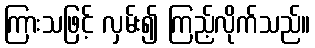
ကြားသဖြင့် လှမ်း၍ ကြည့်လိုက်သည်။